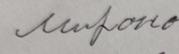
Signature authenticity: forged